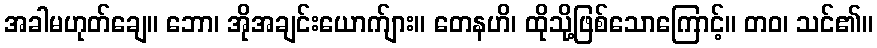
အခါမဟုတ်ချေ။ ဘော၊ အိုအချင်းယောက်ျား။ တေနဟိ၊ ထိုသို့ဖြစ်သောကြောင့်။ တဝ၊ သင်၏။